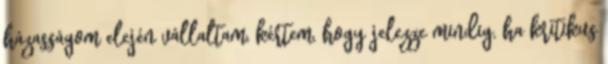
házasságom elején vállaltam, kértem, hogy jelezze mindig, ha kritikus